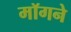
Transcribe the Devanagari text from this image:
मॉगने